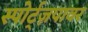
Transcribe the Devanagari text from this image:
स्पोर्ट्ज़पावर